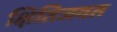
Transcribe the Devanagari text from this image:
क्षितिजवत